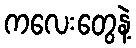
ကလေးတွေနဲ့